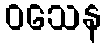
ဝသေန